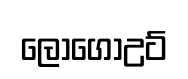
ලොගොඋට්